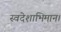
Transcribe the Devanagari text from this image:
स्वदेशाभिमान।